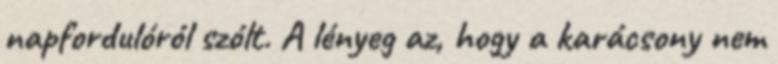
napfordulóról szólt. A lényeg az, hogy a karácsony nem